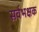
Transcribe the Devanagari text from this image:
सर्वभक्षक